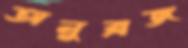
অনুব্রজ